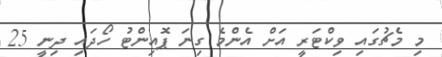
މި މެޗުގައި ވިކްޓަރީ އަށް އެންމެ ގިނަ ޕޮއިންޓު ހޯދައި ދިނީ 25